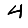
Digit: 4